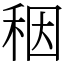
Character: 秵